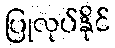
ပြုလုပ်နိုင်